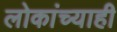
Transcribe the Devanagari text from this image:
लोकांच्याही